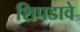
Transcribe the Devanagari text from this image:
शिपडावे